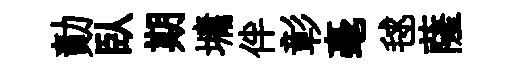
勣臥期墉伴彰毫毬薩